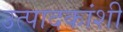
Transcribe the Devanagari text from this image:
उत्पादकांशी